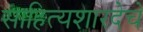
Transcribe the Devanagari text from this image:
साहित्यशारदेचे